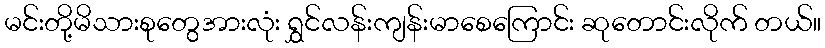
မင်းတို့မိသားစုတွေအားလုံး ရွှင်လန်းကျန်းမာစေကြောင်း ဆုတောင်းလိုက် တယ်။